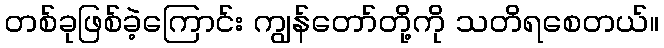
တစ်ခုဖြစ်ခဲ့ကြောင်း ကျွန်တော်တို့ကို သတိရစေတယ်။